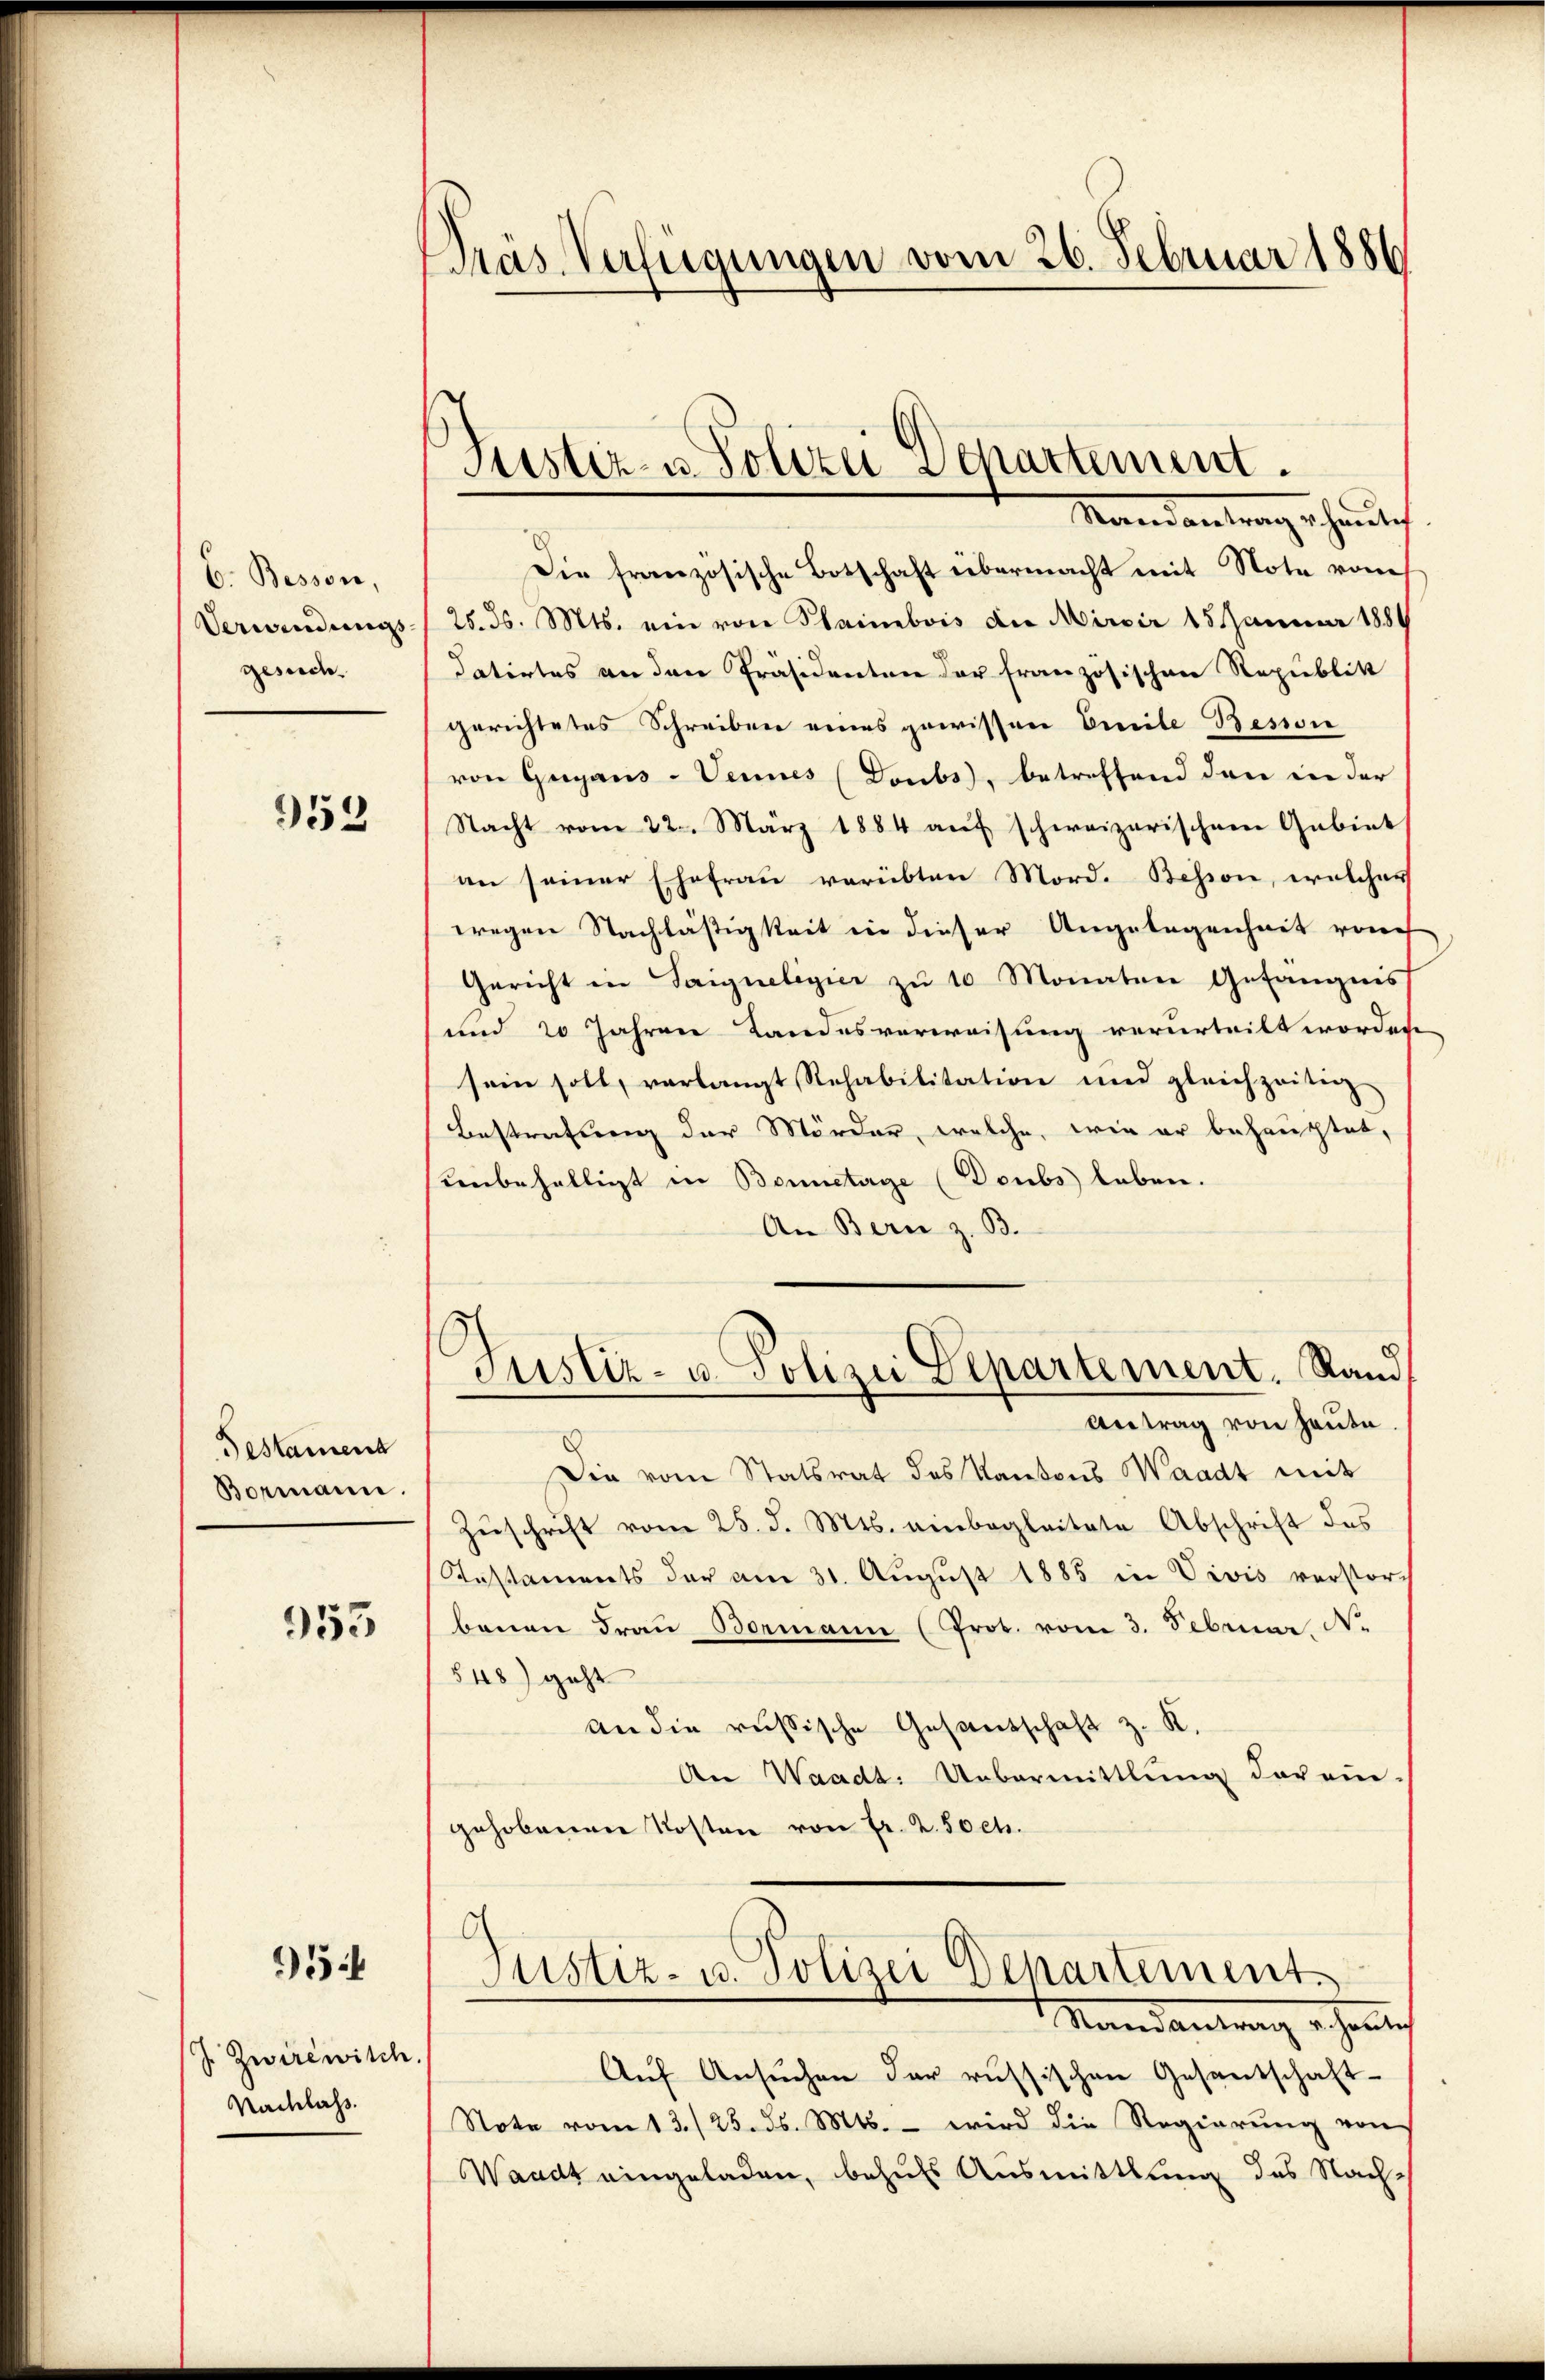
C. Bessen
Verandungs
gesuch

952

Testament
Bormann.

953

5

J. Zwirewisch.
Nachlass.

PPräs. Verfügungen vom 26. Februar 1886

Justiz- u Polizei Departement.

Mandantrag schaulich
Die französische Botschaft übermacht mit Note vom
28. d. Mts. ein von Plaimbois die Mirpir 15 Januar 1884
datirtes an den Präsidenten der französischen Republik
gerichtetes Schreiben eines gewissen Emeile Besion
von Guyaus-Vennes (Doubs, betreffend den in der
Nacht vom 22. März 1884 aŭf schweizerischene Gebiet
an seiner Ehefrau verübten Mord. Bessen, welchen
wegen Nachlästigkeit in dieser Angelegenheit von
Gericht in Saigneligier zŭ 10 Monaten Gefängnis
und 20 Jahren Landesverweisung verurteilt worden.
sein soll, verlangt Rehabilitation und gleichzeitig
Bestretung der Mörder, welche, wie er behauptet,
unbehaltigt in Bonnetage (Doubs leben.
An Bern z. B.
Justiz- u. Polizei Departement. Rand
Antrag von heute
Die vom Statsrat des Kantons Waadt mit
Zŭschrift vom 25. d. Mts. einbegleitete Abschrift des
Stestaments der am 31. Aŭgŭst 1885 in Vivis verstor-
benen Fraŭ Bormann (Prot. vom 3. Februar N.
548) geht
an die russische Gesandschaft z. K.
An Waadt: Uebermittlung der ein
gehobenen Kosten von Fr. 2. Soch.
C
Justiz- u. Polizei Departement.
Randantrag erhande
Auf Ansuchen der russischen Gesantschaft-
Note vom 13./25. ds. Mts. - wird die Regierŭng von
Waadt eingeladen, behufs Ausmittlung des Nach-